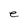
Character: e